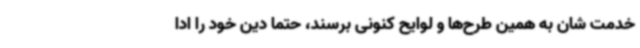
خدمت شان به همین طرح‌ها و لوایح کنونی برسند، حتما دین خود را ادا